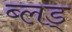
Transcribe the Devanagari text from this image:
ब्लड्